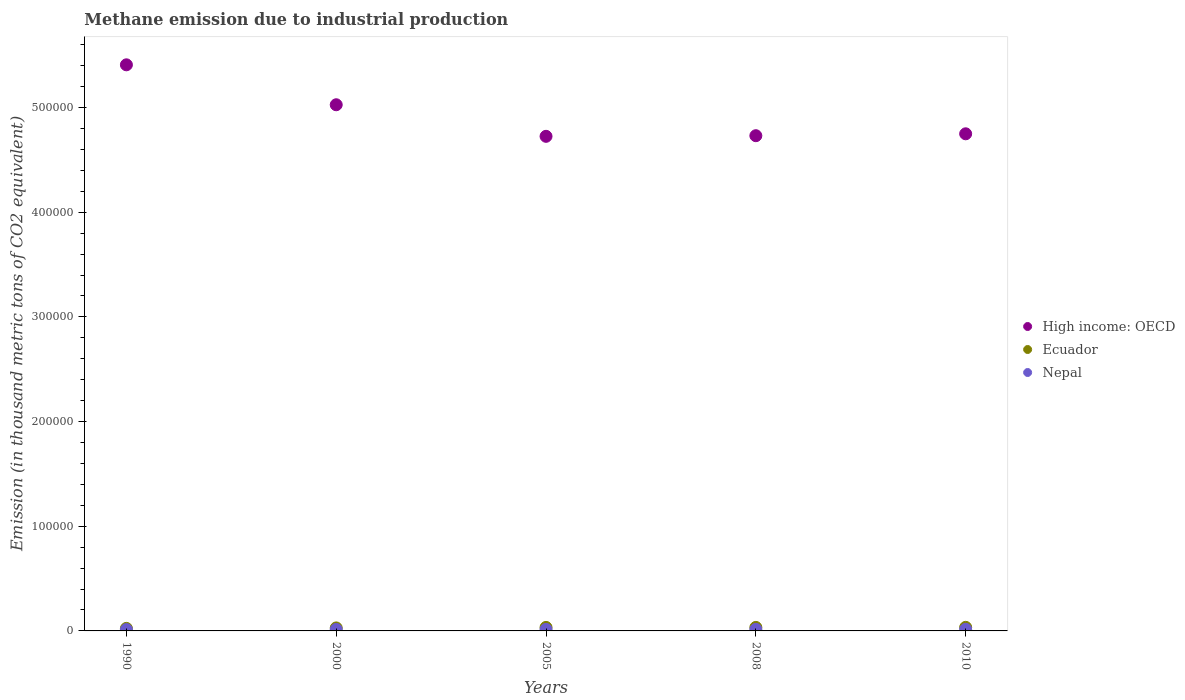
| Years | High income: OECD | Ecuador | Nepal |
 | --- | --- | --- | --- |
 | 1990 | 5.41e+05 | 2.42e+03 | 1.3e+03 |
 | 2000 | 5.03e+05 | 2.87e+03 | 1.41e+03 |
 | 2005 | 4.73e+05 | 3.35e+03 | 1.44e+03 |
 | 2008 | 4.73e+05 | 3.35e+03 | 1.46e+03 |
 | 2010 | 4.75e+05 | 3.43e+03 | 1.52e+03 |